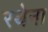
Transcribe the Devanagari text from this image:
रथेना